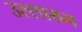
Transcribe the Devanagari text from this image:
उल्लासम